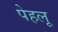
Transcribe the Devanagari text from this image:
पेहलू